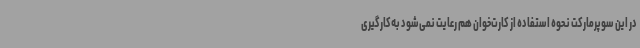
در این سوپرمارکت نحوه استفاده از کارت‌خوان هم رعایت نمی‌شود به‌کارگیری